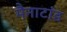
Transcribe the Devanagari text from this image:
मैनाटांड